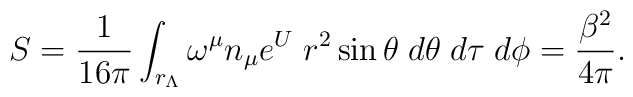
S={{1}\over{16 \pi}} \int_{r_{\Lambda}} \omega^{\mu}n_{\mu}e^{U}\; r^2 \sin{\theta}\; d\theta\; d\tau \; d\phi = \frac{\beta^{2}}{4 \pi}.